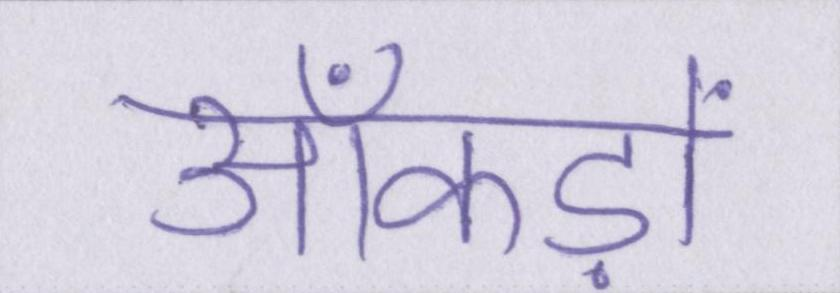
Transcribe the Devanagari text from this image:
आँकड़ों